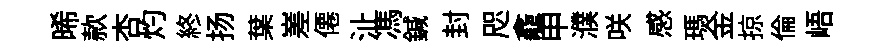
晞款杏灼終扬葉嵳僊沚馮鍼封咫龕申濮咲感瑪金掠倫峿